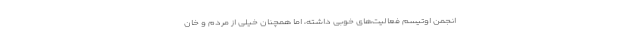
انجمن اوتیسم فعالیت‌های خوبی داشته، اما همچنان خیلی از مردم و خان